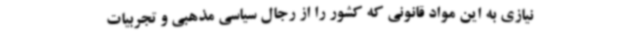
نیازی به این مواد قانونی که کشور را از رجال سیاسی مذهبی و تجربیات